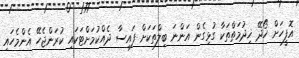
އޮފީހަށް ހޯދޭ ޚިދުމަތްތަކާ ގުޅިގެން އަންނަ ބިލްތަކަށް ފައިސާ ދެއްކުމަށްޓަކައި ކުރަންޖެހޭ އެންމެހައި